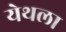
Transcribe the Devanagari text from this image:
येथला